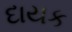
દાયક